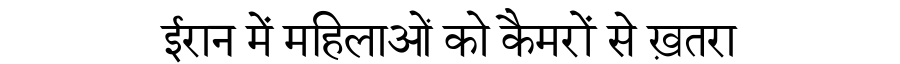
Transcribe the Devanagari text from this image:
ईरान में महिलाओं को कैमरों से ख़तरा